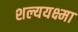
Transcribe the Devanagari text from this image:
शल्ययक्ष्मा